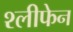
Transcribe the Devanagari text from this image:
श्लीफेन